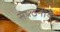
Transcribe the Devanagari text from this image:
संपठनीय